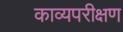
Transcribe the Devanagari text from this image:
काव्यपरीक्षण